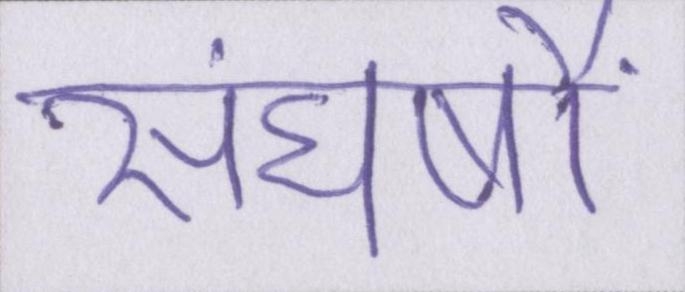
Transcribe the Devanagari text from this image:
संघर्षों